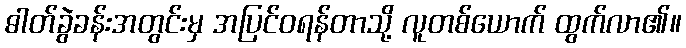
ဓါတ်ခွဲခန်းအတွင်းမှ အပြင်ဝရန်တာသို့ လူတစ်ယောက် ထွက်လာ၏။